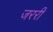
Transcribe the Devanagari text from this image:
जररी